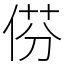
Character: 𠊠